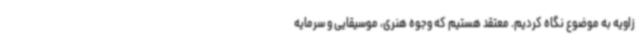
زاویه به موضوع نگاه کردیم. معتقد هستیم که وجوه هنری، موسیقایی و سرمایه